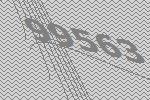
99563